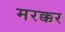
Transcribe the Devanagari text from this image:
मरक्कर